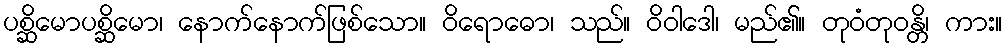
ပစ္ဆိမောပစ္ဆိမော၊ နောက်နောက်ဖြစ်သော။ ဝိရောဓော၊ သည်။ ဝိဝါဒေါ၊ မည်၏။ တုဝံတုဝန္တိ၊ ကား။